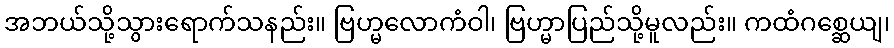
အဘယ်သို့သွားရောက်သနည်း။ ဗြဟ္မလောကံဝါ၊ ဗြဟ္မာပြည်သို့မူလည်း။ ကထံဂစ္ဆေယျ၊